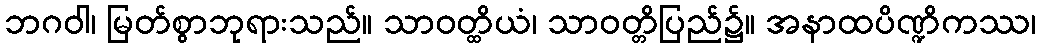
ဘဂဝါ၊ မြတ်စွာဘုရားသည်။ သာဝတ္ထိယံ၊ သာဝတ္တိပြည်၌။ အနာထပိဏ္ဍိကဿ၊